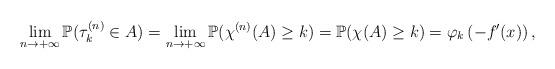
LaTeX: \begin{align*}\lim_{n\to+\infty}\mathbb{P}(\tau_k^{(n)}\in A)=\lim_{n\to+\infty}\mathbb{P}(\chi^{(n)}(A)\geq k)=\mathbb{P}(\chi(A)\geq k)=\varphi_k\left(-f'(x)\right),\end{align*}